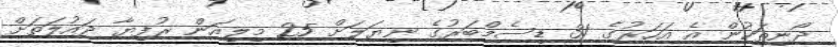
ދޯނިތަކުން އެ އަހަރުގެ 31 ޑިސެމްބަރުގެ ނިޔަލަށް 25 މިލިއަން ރުފިޔާ ދައުލަތަށް